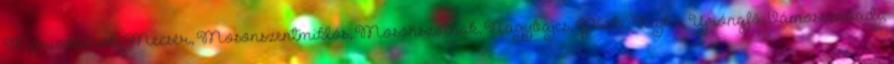
Máriakálnok, Mecsér, Mosonszentmiklós, Mosonszolnok, Nagybajcs, Püski, Rajka, Újrónafő, Vámosszabadi,